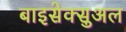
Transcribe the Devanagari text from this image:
बाइसेक्सुअल